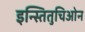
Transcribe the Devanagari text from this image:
इन्स्तितुचिओन